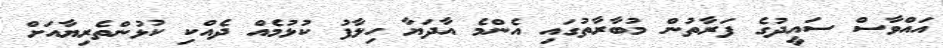
އައްވާސް ސައީދުގެ ފަރާތުން މުބާރާތުގައި އެންމެ އާދަޔާ ހިލާފު ކުޅުމެއް ދެއްކި ކުޅުންތެރިޔާއަށް